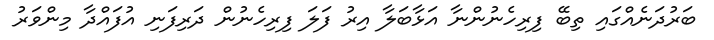
ބަރުދަނެއްގައި ތިބޭ ފިރިހެނުންނާ އަޅާބަލާ އިރު ފަލަ ފިރިހެނުން ދަރިފަނި އުފައްދާ މިންވަރު